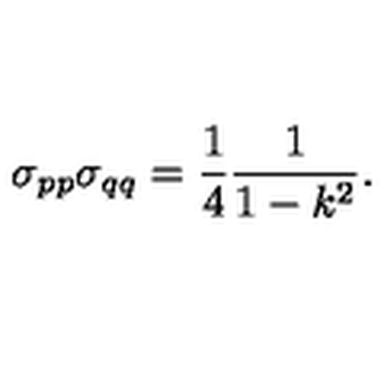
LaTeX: \sigma _ { p p } \sigma _ { q q } = \frac { 1 } { 4 } \frac { 1 } { 1 - k ^ { 2 } } .